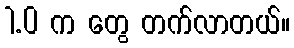
1.0 က တွေ တက်လာတယ်။